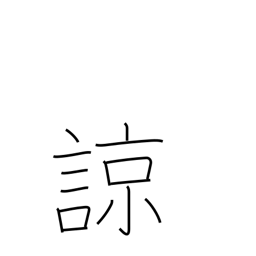
Meaning: understand